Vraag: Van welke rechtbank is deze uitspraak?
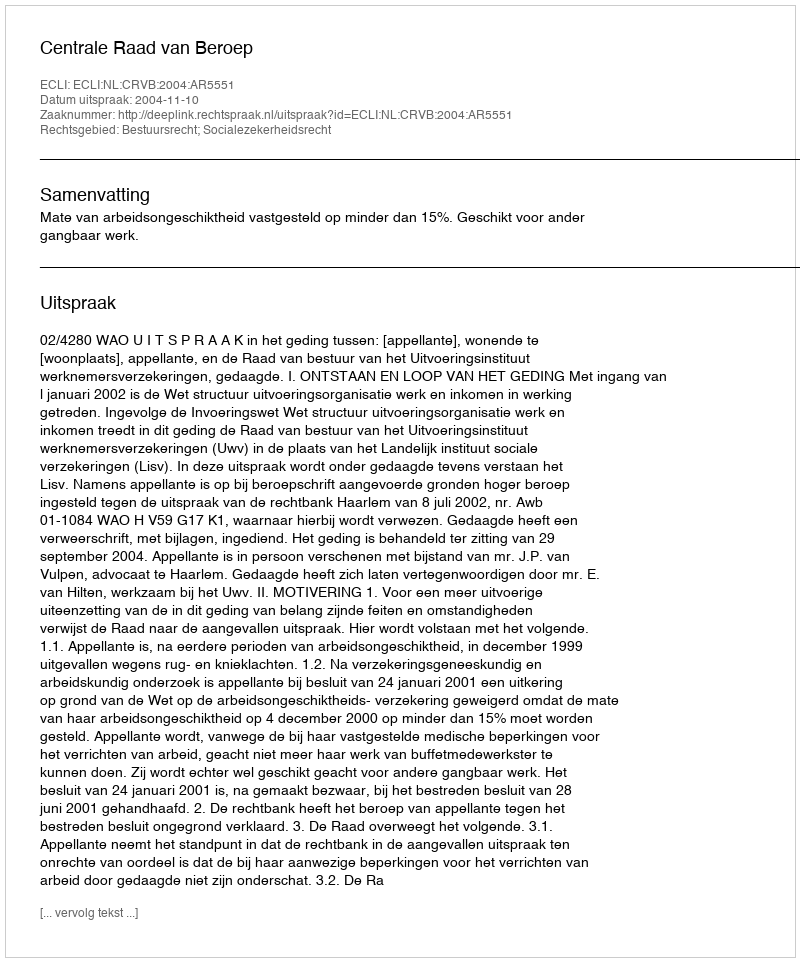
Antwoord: Centrale Raad van Beroep